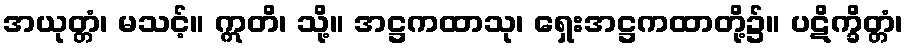
အယုတ္တံ၊ မသင့်။ ဣတိ၊ သို့။ အဋ္ဌကထာသု၊ ရှေးအဋ္ဌကထာတို့၌။ ပဋိက္ခိတ္တံ၊